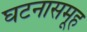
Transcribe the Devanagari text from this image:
घटनासमूह